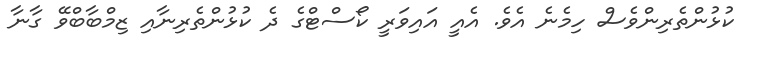
ކުޅުންތެރިންވެސް ހިމެނެ އެވެ. އެއީ އައިވަރީ ކޯސްޓްގެ ދެ ކުޅުންތެރިނާއި ޒިމްބާބްވޭ ގާނާ